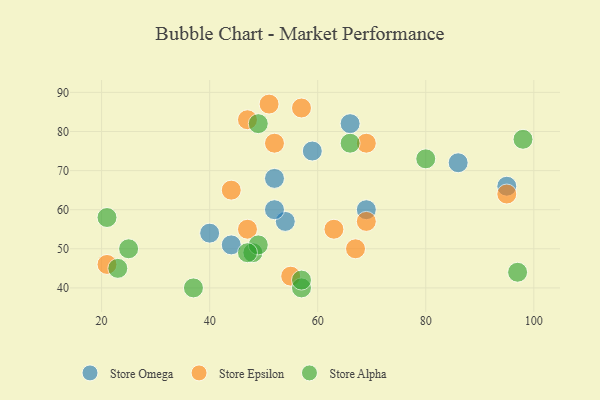
{"axis": {"x": "GDP", "y": "Life Expectancy"}, "legend": ["Store Alpha", "Store Epsilon", "Store Omega"], "data": [{"x": "52", "y": 68, "type": "Store Omega"}, {"x": "95", "y": 66, "type": "Store Omega"}, {"x": "54", "y": 57, "type": "Store Omega"}, {"x": "69", "y": 60, "type": "Store Omega"}, {"x": "40", "y": 54, "type": "Store Omega"}, {"x": "86", "y": 72, "type": "Store Omega"}, {"x": "52", "y": 60, "type": "Store Omega"}, {"x": "66", "y": 82, "type": "Store Omega"}, {"x": "44", "y": 51, "type": "Store Omega"}, {"x": "59", "y": 75, "type": "Store Omega"}, {"x": "21", "y": 46, "type": "Store Epsilon"}, {"x": "63", "y": 55, "type": "Store Epsilon"}, {"x": "95", "y": 64, "type": "Store Epsilon"}, {"x": "44", "y": 65, "type": "Store Epsilon"}, {"x": "51", "y": 87, "type": "Store Epsilon"}, {"x": "47", "y": 83, "type": "Store Epsilon"}, {"x": "55", "y": 43, "type": "Store Epsilon"}, {"x": "52", "y": 77, "type": "Store Epsilon"}, {"x": "47", "y": 55, "type": "Store Epsilon"}, {"x": "57", "y": 86, "type": "Store Epsilon"}, {"x": "69", "y": 57, "type": "Store Epsilon"}, {"x": "67", "y": 50, "type": "Store Epsilon"}, {"x": "69", "y": 77, "type": "Store Epsilon"}, {"x": "48", "y": 49, "type": "Store Alpha"}, {"x": "49", "y": 82, "type": "Store Alpha"}, {"x": "80", "y": 73, "type": "Store Alpha"}, {"x": "97", "y": 44, "type": "Store Alpha"}, {"x": "57", "y": 40, "type": "Store Alpha"}, {"x": "23", "y": 45, "type": "Store Alpha"}, {"x": "98", "y": 78, "type": "Store Alpha"}, {"x": "21", "y": 58, "type": "Store Alpha"}, {"x": "57", "y": 42, "type": "Store Alpha"}, {"x": "25", "y": 50, "type": "Store Alpha"}, {"x": "66", "y": 77, "type": "Store Alpha"}, {"x": "37", "y": 40, "type": "Store Alpha"}, {"x": "49", "y": 51, "type": "Store Alpha"}, {"x": "47", "y": 49, "type": "Store Alpha"}]}